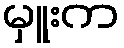
မှူးက